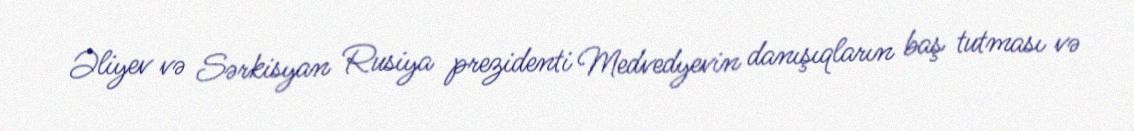
Əliyev və Sərkisyan Rusiya prezidenti Medvedyevin danışıqların baş tutması və